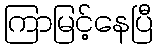
ကြာမြင့်နေပြီ